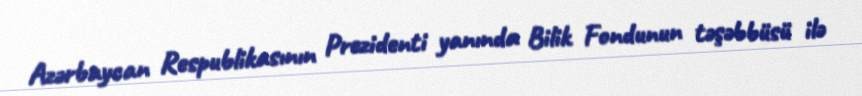
Azərbaycan Respublikasının Prezidenti yanında Bilik Fondunun təşəbbüsü ilə